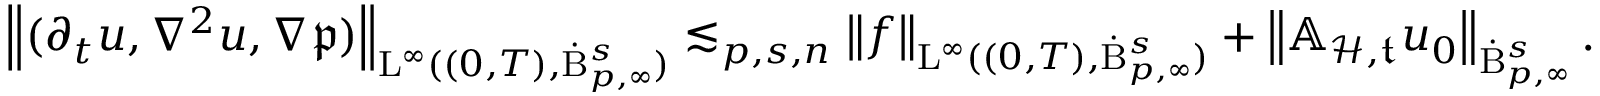
\begin{array} { r } { \left\lVert ( \partial _ { t } u , \nabla ^ { 2 } u , \nabla \mathfrak { p } ) \right\rVert _ { \mathrm { L } ^ { \infty } ( ( 0 , T ) , \dot { \mathrm { B } } _ { p , \infty } ^ { s } ) } \lesssim _ { p , s , n } \left\lVert f \right\rVert _ { \mathrm { L } ^ { \infty } ( ( 0 , T ) , \dot { \mathrm { B } } _ { p , \infty } ^ { s } ) } + \left\lVert \mathbb { A } _ { \mathcal { H } , \mathfrak { t } } u _ { 0 } \right\rVert _ { \dot { \mathrm { B } } _ { p , \infty } ^ { s } } . } \end{array}